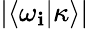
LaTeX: |\langle\omega_{\mathbf{i}}|\kappa\rangle|